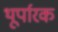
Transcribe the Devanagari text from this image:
थूर्पारक